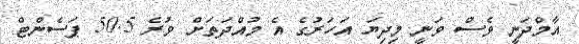
އާމްދަނީ ވެސް ވަނީ މިދިޔަ އަހަރުގެ އެ މުއްދަތަށް ވުރެ 50.5 ޕަސެންޓް